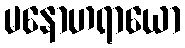
မနောဟရာယော